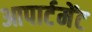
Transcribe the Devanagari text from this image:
आपार्टमेंट